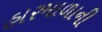
હારમાળાની